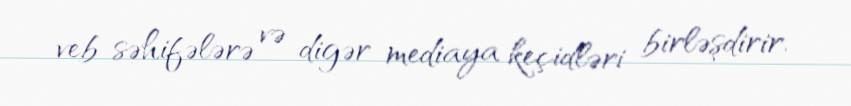
veb səhifələrə və digər mediaya keçidləri birləşdirir.